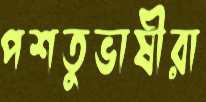
পশতুভাষীরা